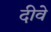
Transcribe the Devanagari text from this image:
दीवे